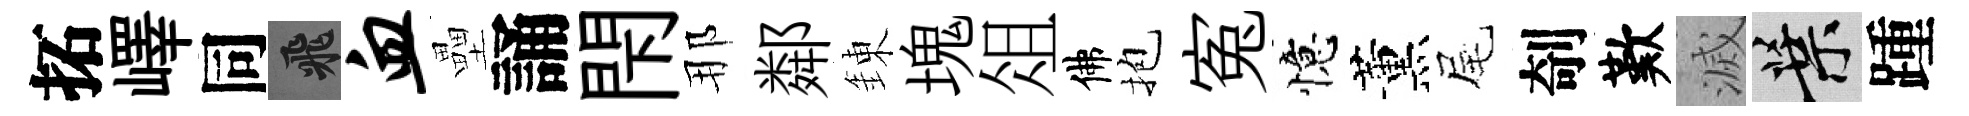
拓嶧同飛血壘誦閇那鄰錬塊俎佛抱寃憶薰尾剞歎滅葉踵